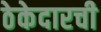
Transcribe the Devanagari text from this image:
ठेकेदारची